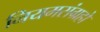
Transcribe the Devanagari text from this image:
नियमसंग्रहो